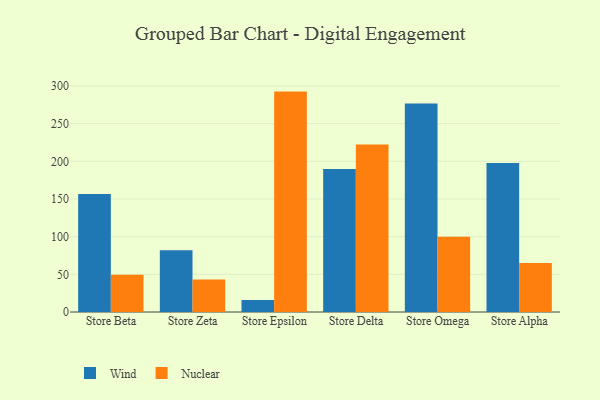
{"axis": {"x": "Store", "y": "LTV (USD)"}, "legend": ["Nuclear", "Wind"], "data": [{"x": "Store Beta", "y": 156.5, "type": "Wind"}, {"x": "Store Beta", "y": 49.4, "type": "Nuclear"}, {"x": "Store Zeta", "y": 82.1, "type": "Wind"}, {"x": "Store Zeta", "y": 43.0, "type": "Nuclear"}, {"x": "Store Epsilon", "y": 15.9, "type": "Wind"}, {"x": "Store Epsilon", "y": 292.5, "type": "Nuclear"}, {"x": "Store Delta", "y": 189.9, "type": "Wind"}, {"x": "Store Delta", "y": 222.4, "type": "Nuclear"}, {"x": "Store Omega", "y": 276.7, "type": "Wind"}, {"x": "Store Omega", "y": 99.9, "type": "Nuclear"}, {"x": "Store Alpha", "y": 197.8, "type": "Wind"}, {"x": "Store Alpha", "y": 65.0, "type": "Nuclear"}]}